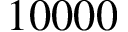
1 0 0 0 0